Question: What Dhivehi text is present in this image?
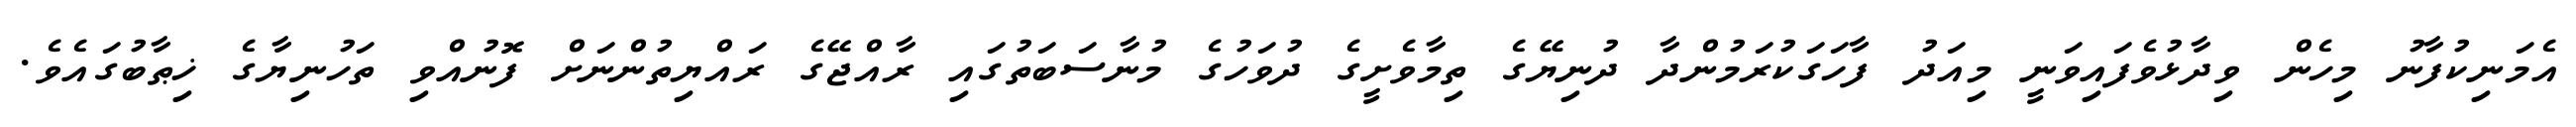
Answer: އެމަނިކުފާނު މިހެން ވިދާޅުވެފައިވަނީ މިއަދު ފާހަގަކުރަމުންދާ ދުނިޔޭގެ ތިމާވެށީގެ ދުވަހުގެ މުނާސަބަތުގައި ރާއްޖޭގެ ރައްޔިތުންނަށް ފޮނުއްވި ތަހުނިޔާގެ ޚިޠާބުގައެވެ.